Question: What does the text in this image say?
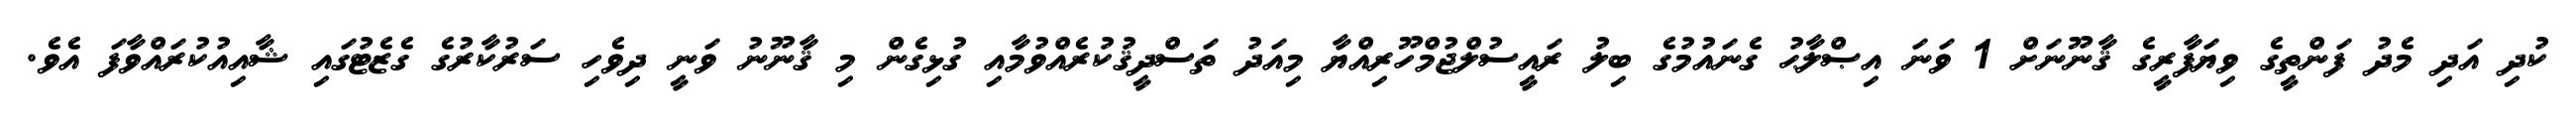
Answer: ކުދި އަދި މެދު ފަންތީގެ ވިޔަފާރީގެ ޤާނޫނަށް 1 ވަނަ އިޞްލާޙު ގެނައުމުގެ ބިލު ރައީސުލްޖުމްހޫރިއްޔާ މިއަދު ތަސްދީޤުކުރެއްވުމާއި ގުޅިގެން މި ޤާނޫނު ވަނީ ދިވެހި ސަރުކާރުގެ ގެޒެޓުގައި ޝާއިއުކުރައްވާފަ އެވެ.